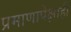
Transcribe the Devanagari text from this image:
प्रमाणापेक्षाही